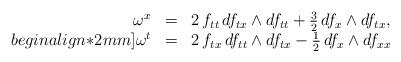
LaTeX: \begin{align*} \begin{array}{rcl} \omega^{x} & = & 2 \, f_{tt} \, d f_{tx} \wedge d f_{tt} + \frac{3}{2} \, d f_{x} \wedge d f_{tx} , \\begin{align*}2mm] \omega^{t} & = & 2 \, f_{tx} \, d f_{tt} \wedge d f_{tx} - \frac{1}{2} \, d f_{x} \wedge d f_{xx}\end{array}\end{align*}